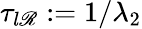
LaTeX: \tau_{l\mathscr{R}}:=1/\lambda_{2}